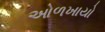
ઓળખાયો